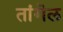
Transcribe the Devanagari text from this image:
तांगॆल